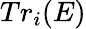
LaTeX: Tr_{i}(E)